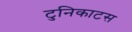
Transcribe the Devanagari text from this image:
टुनिकाटस